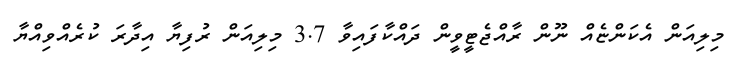
މިލިއަން އެކަންޏެއް ނޫން ރާއްޖެޓީވީން ދައްކާފައިވާ 3.7 މިލިއަން ރުފިޔާ އިދާރަ ކުރެއްވިއްޔާ